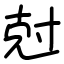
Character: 尅